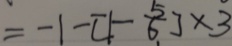
= - 1 - [ 1 - \frac { 5 } { 6 } ] \times 3